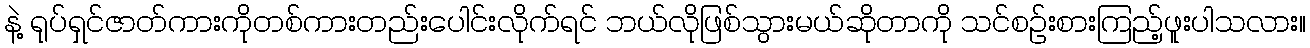
နဲ့ ရုပ်ရှင်ဇာတ်ကားကိုတစ်ကားတည်းပေါင်းလိုက်ရင် ဘယ်လိုဖြစ်သွားမယ်ဆိုတာကို သင်စဉ်းစားကြည့်ဖူးပါသလား။